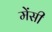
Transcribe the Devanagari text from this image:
मेंसी